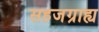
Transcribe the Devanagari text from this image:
सहजग्राह्य